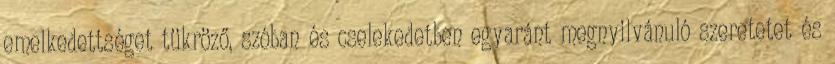
emelkedettséget tükröző, szóban és cselekedetben egyaránt megnyilvánuló szeretetet és